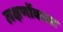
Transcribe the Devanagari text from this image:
लक्षणोंवाला